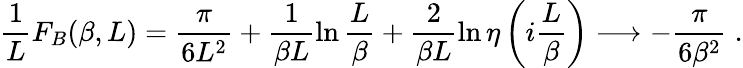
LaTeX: \frac{1}{L}F_{B}(\beta,L)=\frac{\pi}{6L^{2}}+\frac{1}{\beta L}\ln{\frac{L}{\beta}}+\frac{2}{\beta L}\ln{\eta\left(i\frac{L}{\beta}\right)}\longrightarrow-\frac{\pi}{6\beta^{2}}\; .